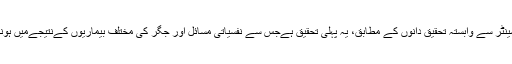
برطانیہ کی 'ایڈنبرا یونیورسٹی' میں کلینکل فار برین سائنس سینٹر سے وابستہ تحقیق دانوں کے مطابق، یہ پہلی تحقیق ہےجس سے نفسیاتی مسائل اور جگر کی مختلف بیماریوں کےنتیجےمیں ہونے والی اموات کےدرمیان ممکنہ تعلق کی نشاندھی ہوئی ہے۔